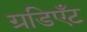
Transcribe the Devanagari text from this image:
ग्रडिएँट